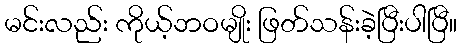
မင်းလည်း ကိုယ့်ဘဝမျိုး ဖြတ်သန်းခဲ့ပြီးပါပြီ။